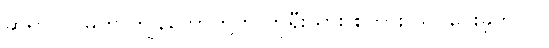
ဆရာ ဂင်မ်က ကျွန်တော်တို့ကို ကိုရီးယား စကား သင်ပေးခဲ့တယ်။